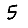
Digit: 5